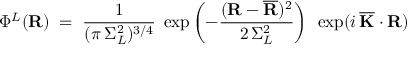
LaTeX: \Phi ^ { L } ( { \bf R } ) \; = \; \frac { 1 } { ( \pi \, \Sigma _ { L } ^ { 2 } ) ^ { 3 / 4 } } \; \exp \left( - \frac { ( { \bf R } - { \bf \overline { { { R } } } } ) ^ { 2 } } { 2 \, \Sigma _ { L } ^ { 2 } } \right) \; \, \exp ( i \, { \bf \overline { { { K } } } } \cdot { \bf R } )